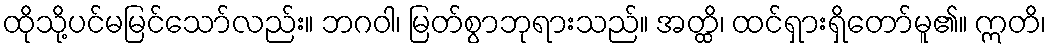
ထိုသို့ပင်မမြင်သော်လည်း။ ဘဂဝါ၊ မြတ်စွာဘုရားသည်။ အတ္ထိ၊ ထင်ရှားရှိတော်မူ၏။ ဣတိ၊